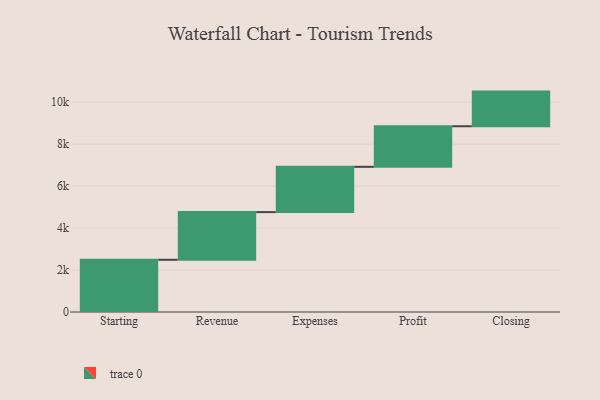
{"axis": {"x": "Step", "y": "Value"}, "legend": [""], "data": [{"x": "Starting", "y": 2489.0, "type": ""}, {"x": "Revenue", "y": 2271.0, "type": ""}, {"x": "Expenses", "y": 2159.0, "type": ""}, {"x": "Profit", "y": 1933.0, "type": ""}, {"x": "Closing", "y": 1651.0, "type": ""}]}